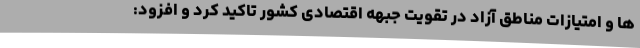
ها و امتیازات مناطق آزاد در تقویت جبهه اقتصادی کشور تاکید کرد و افزود: